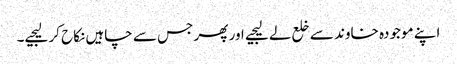
اپنے موجودہ خاوند سے خلع لے لیجیے اور پھر جس سے چاہیں نکاح کر لیجیے۔